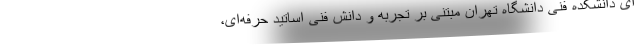
ای دانشکده فنی دانشگاه تهران مبتنی بر تجربه و دانش فنی اساتید حرفه‌ای،